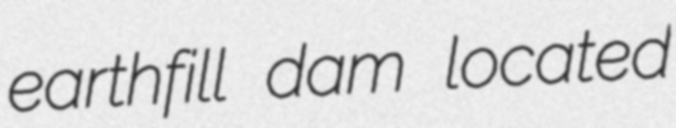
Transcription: earthfill dam located